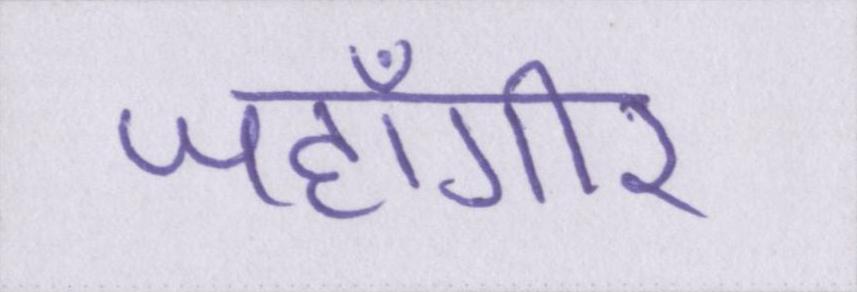
जहाँगीर